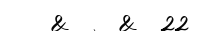
&    &  22